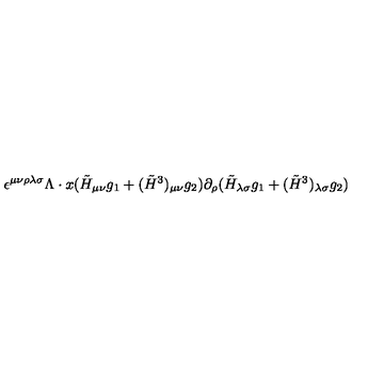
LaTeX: \epsilon ^ { \mu \nu \rho \lambda \sigma } \Lambda \cdot x ( \tilde { H } _ { \mu \nu } g _ { 1 } + ( \tilde { H } ^ { 3 } ) _ { \mu \nu } g _ { 2 } ) \partial _ { \rho } ( \tilde { H } _ { \lambda \sigma } g _ { 1 } + ( \tilde { H } ^ { 3 } ) _ { \lambda \sigma } g _ { 2 } )